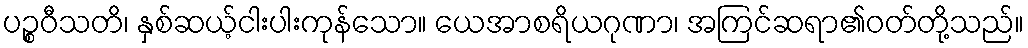
ပဉ္စဝီသတိ၊ နှစ်ဆယ့်ငါးပါးကုန်သော။ ယေအာစရိယဂုဏာ၊ အကြင်ဆရာ၏ဝတ်တို့သည်။